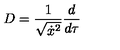
D = \frac 1 { \sqrt { \dot { x } ^ { 2 } } } \frac d { d \tau }